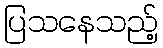
ပြသနေသည့်